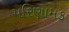
પરિણામક